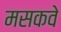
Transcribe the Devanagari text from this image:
मसकवे